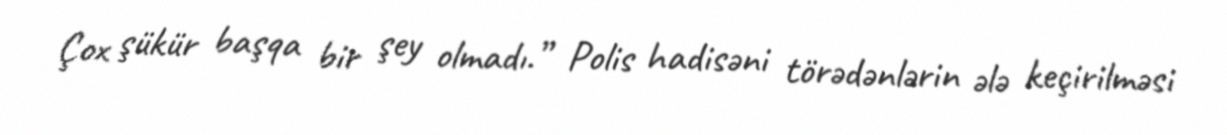
Çox şükür başqa bir şey olmadı.” Polis hadisəni törədənlərin ələ keçirilməsi